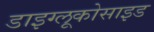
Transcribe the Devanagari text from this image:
डाइग्लूकोसाइड